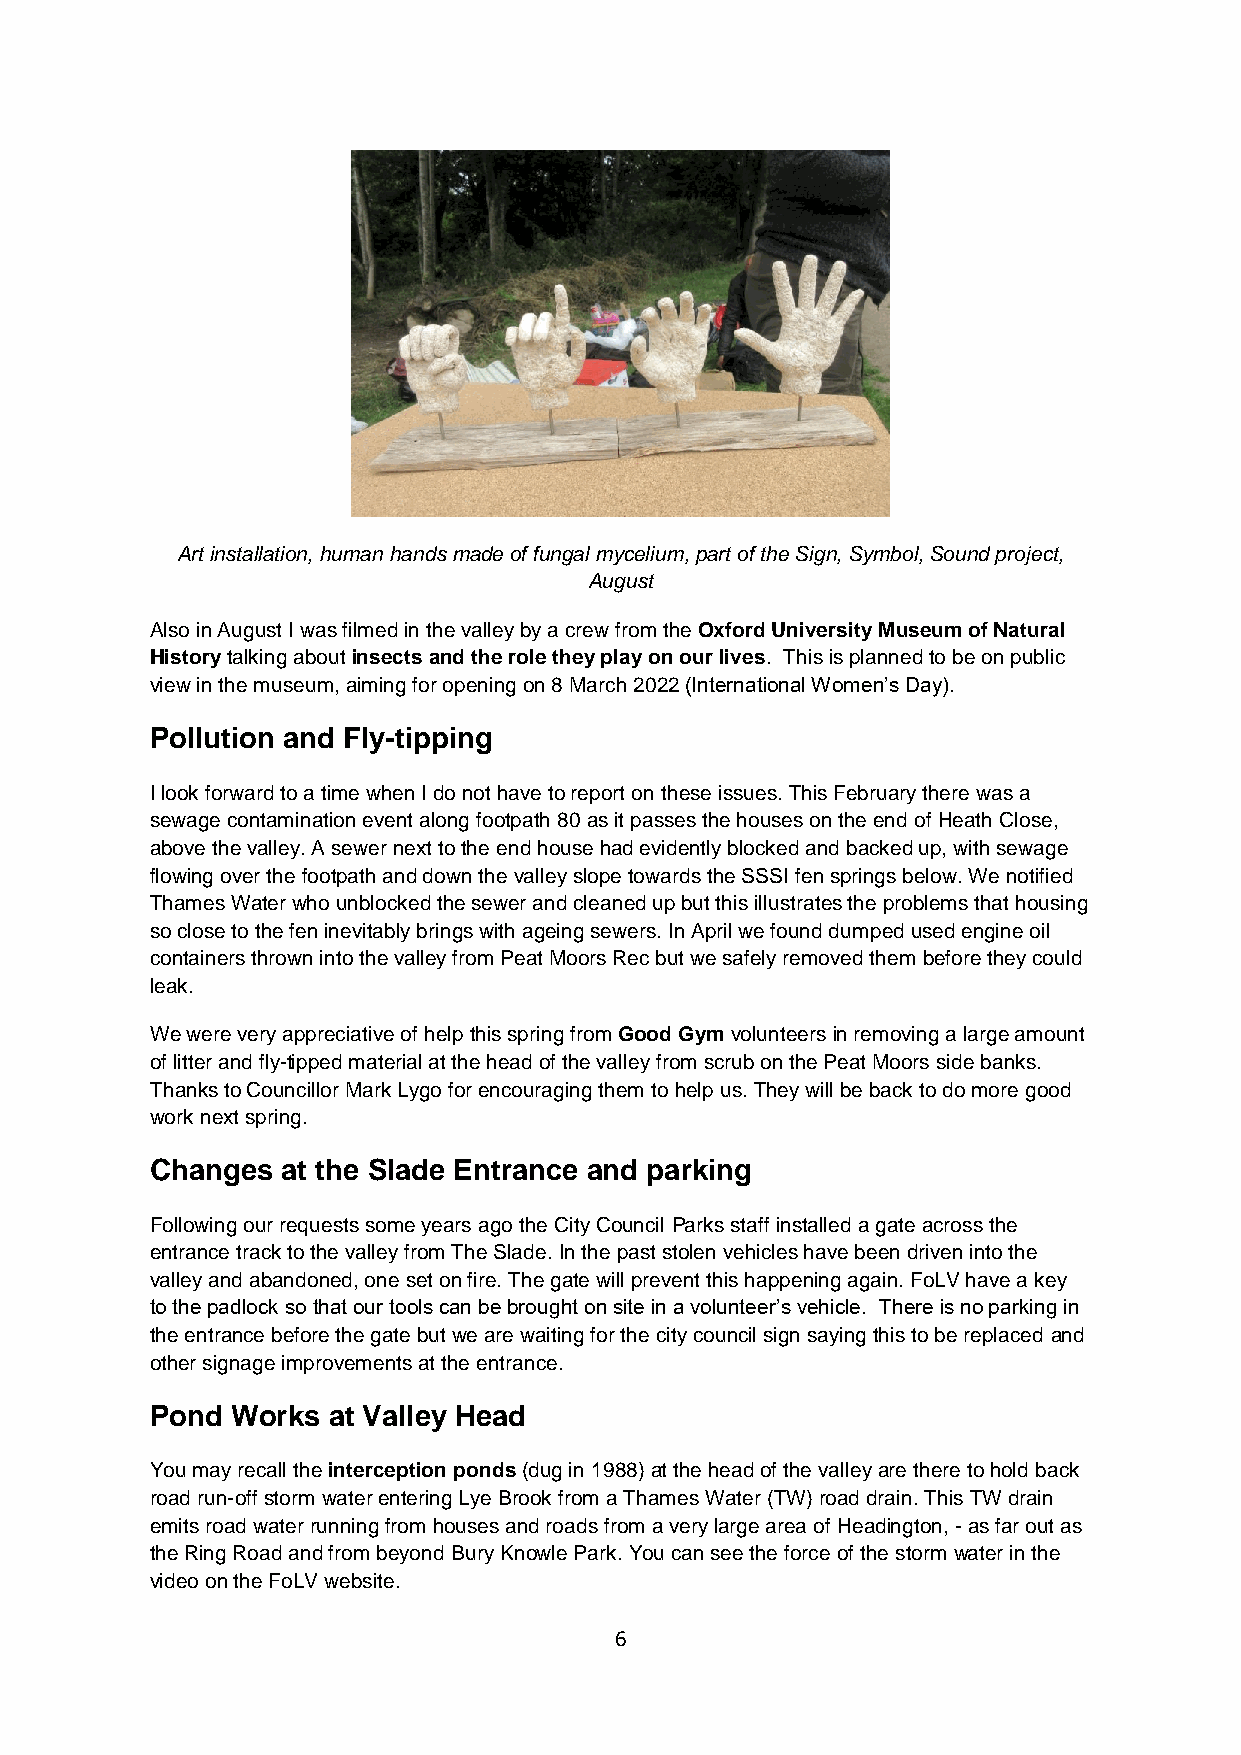
Art installation, human hands made of fungal mycelium, part of the Sign, Symbol, Sound project,
 August
 Also in August I was filmed in the valley by a crew from the Oxford University Museum of Natural
 History talking about insects and the role they play on our lives. This is planned to be on public
 view in the museum, aiming for opening on 8 March 2022 (International Women’s Day).
 Pollution and Fly-tipping
 I look forward to a time when I do not have to report on these issues. This February there was a
 sewage contamination event along footpath 80 as it passes the houses on the end of Heath Close,
 above the valley. A sewer next to the end house had evidently blocked and backed up, with sewage
 flowing over the footpath and down the valley slope towards the SSSI fen springs below. We notified
 Thames Water who unblocked the sewer and cleaned up but this illustrates the problems that housing
 so close to the fen inevitably brings with ageing sewers. In April we found dumped used engine oil
 containers thrown into the valley from Peat Moors Rec but we safely removed them before they could
 leak.
 We were very appreciative of help this spring from Good Gym volunteers in removing a large amount
 of litter and fly-tipped material at the head of the valley from scrub on the Peat Moors side banks.
 Thanks to Councillor Mark Lygo for encouraging them to help us. They will be back to do more good
 work next spring.
 Changes  at the Slade Entrance and parking
 Following our requests some years ago the City Council Parks staff installed a gate across the
 entrance track to the valley from The Slade. In the past stolen vehicles have been driven into the
 valley and abandoned, one set on fire. The gate will prevent this happening again. FoLV have a key
 to the padlock so that our tools can be brought on site in a volunteer’s vehicle. There is no parking in
 the entrance before the gate but we are waiting for the city council sign saying this to be replaced and
 other signage improvements at the entrance.
 Pond Works  at Valley Head
 You may recall the interception ponds (dug in 1988) at the head of the valley are there to hold back
 road run-off storm water entering Lye Brook from a Thames Water (TW) road drain. This TW drain
 emits road water running from houses and roads from a very large area of Headington, - as far out as
 the Ring Road and from beyond Bury Knowle Park. You can see the force of the storm water in the
 video on the FoLV website.
 6